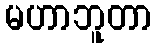
မဟာဘူတာ